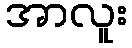
အာလူး